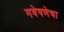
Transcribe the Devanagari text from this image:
गवेषणेचा